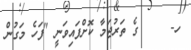
ހ-     ގެ ތަރުޖަމާ ކޮށްފައިވަނީ "ފަހެ މަގުން